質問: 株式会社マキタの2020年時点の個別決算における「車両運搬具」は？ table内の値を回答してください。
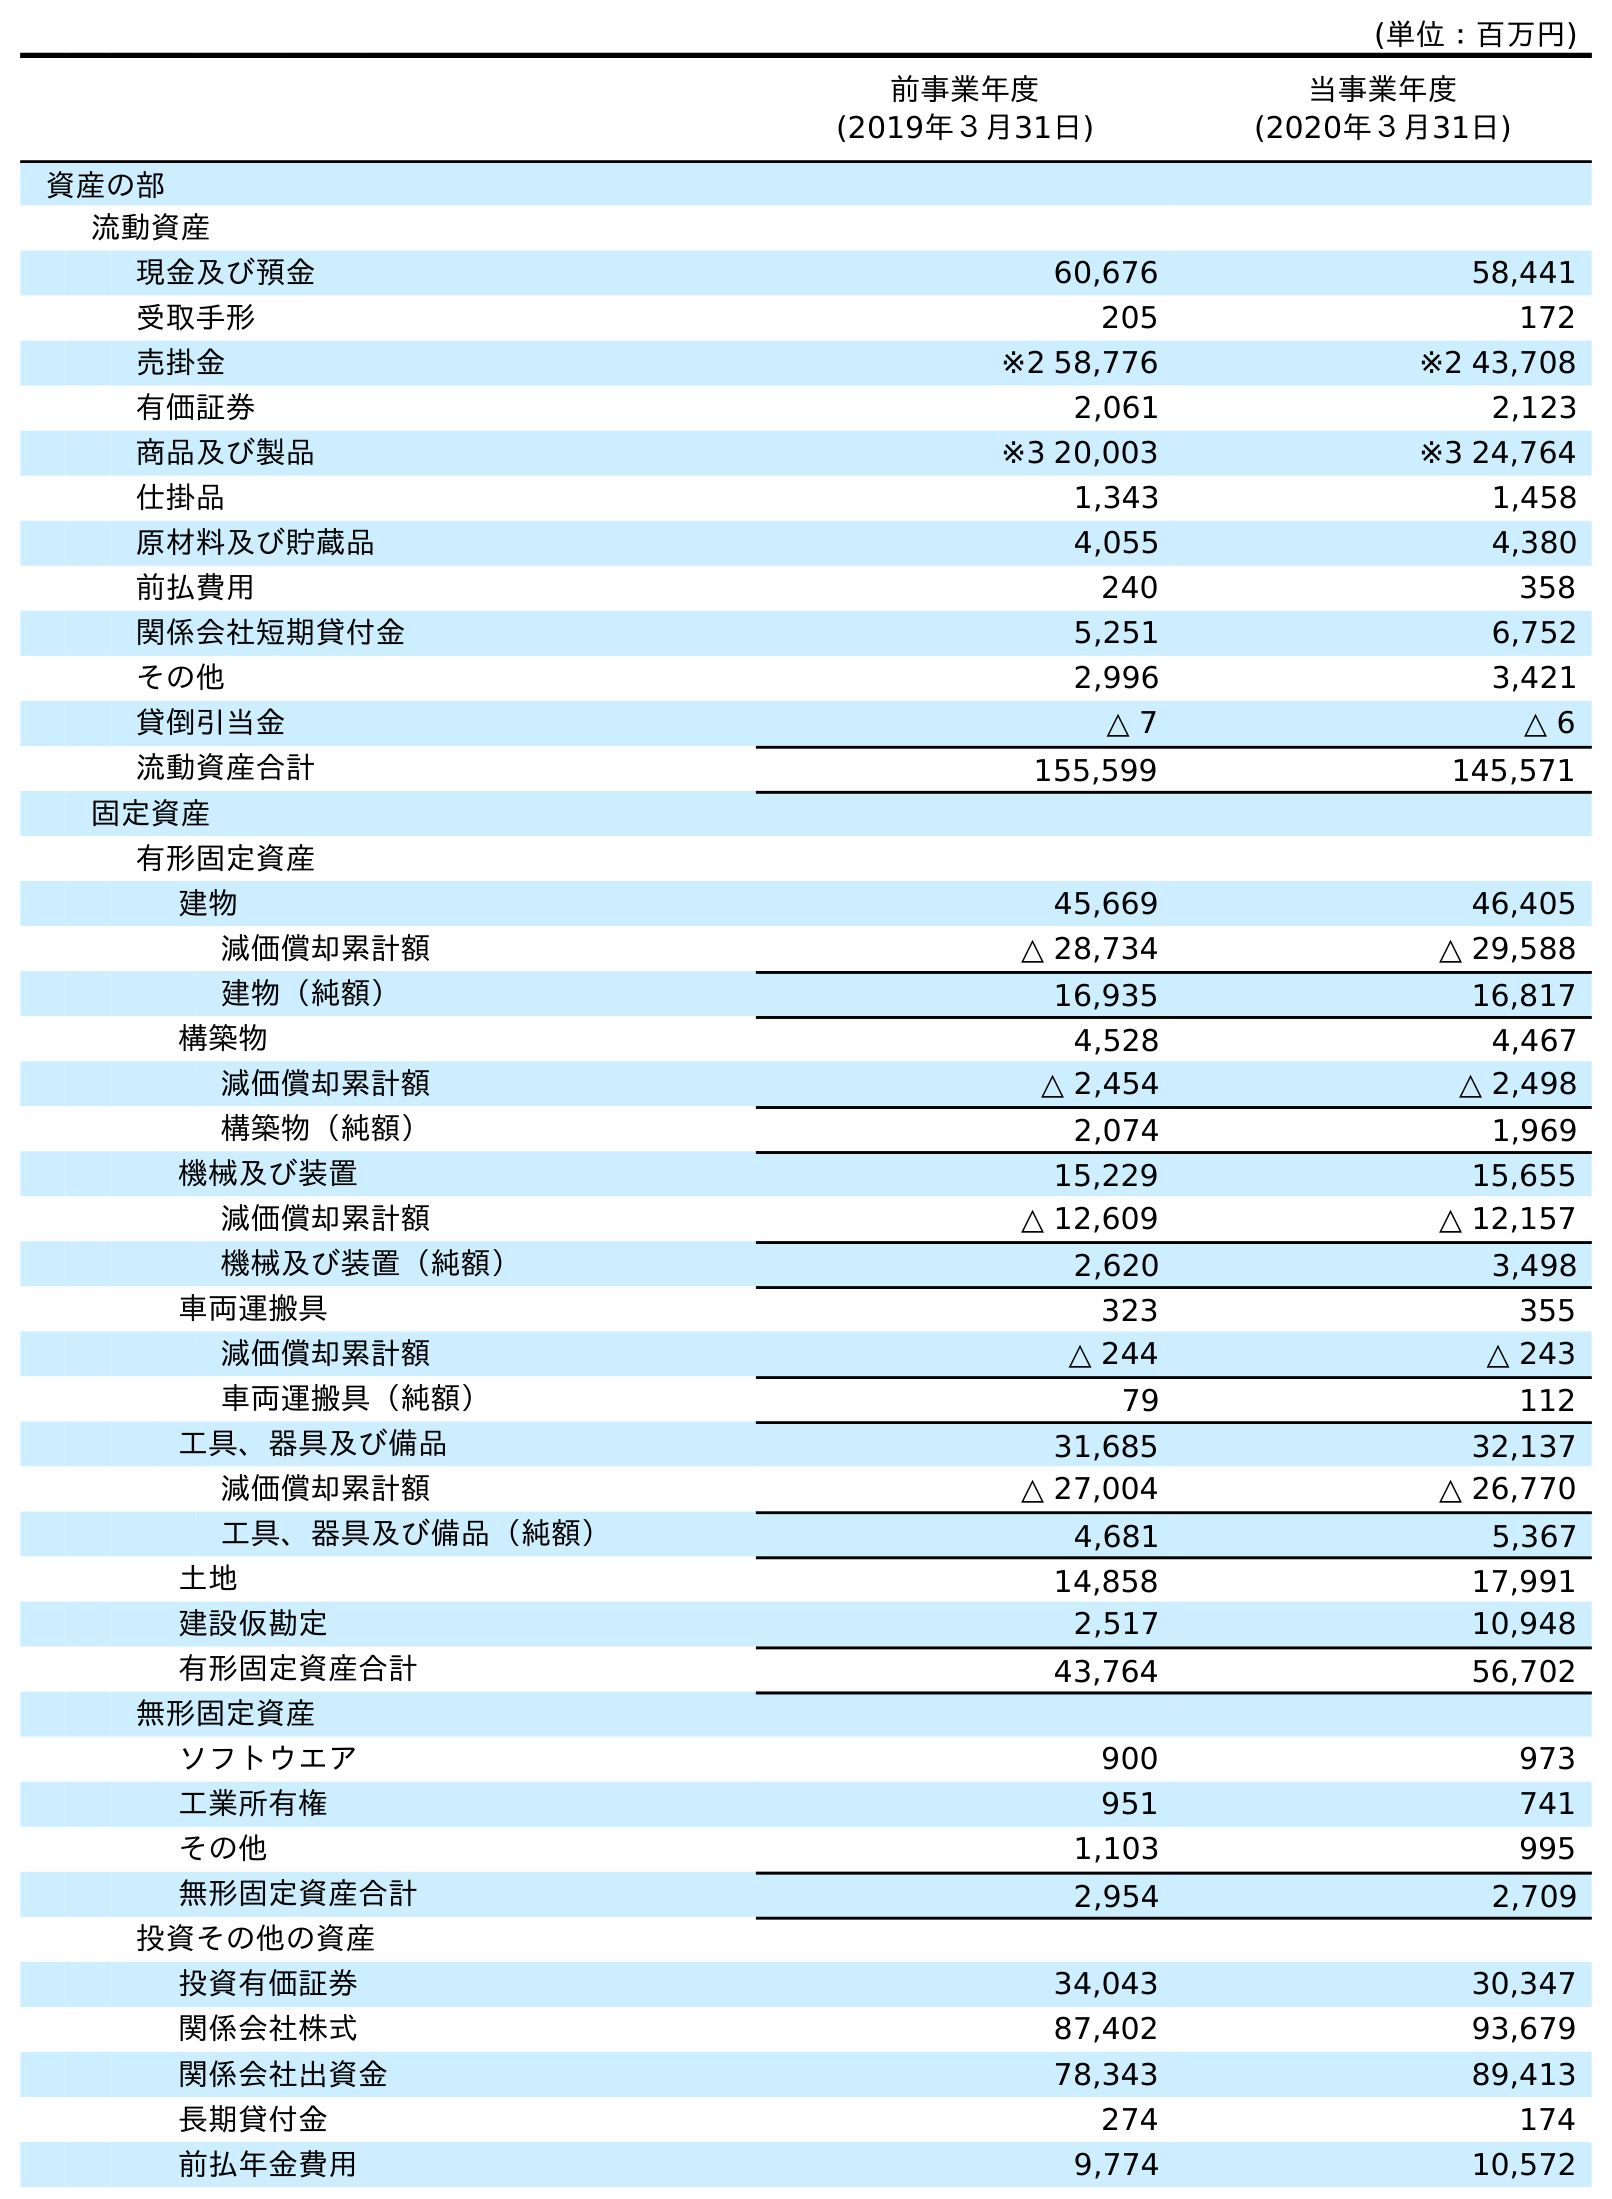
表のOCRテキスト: (単位：百万円) 前事業年度 (2019年３月31日) 当事業年度 (2020年３月31日) 資産の部 流動資産 現金及び預金 60,676 58,441 受取手形 205 172 売掛金 ※2 58,776 ※2 43,708 有価証券 2,061 2,123 商品及び製品 ※3 20,003 ※3 24,764 仕掛品 1,343 1,458 原材料及び貯蔵品 4,055 4,380 前払費用 240 358 関係会社短期貸付金 5,251 6,752 その他 2,996 3,421 貸倒引当金 △ 7 △ 6 流動資産合計 155,599 145,571 固定資産 有形固定資産 建物 45,669 46,405 減価償却累計額 △ 28,734 △ 29,588 建物（純額） 16,935 16,817 構築物 4,528 4,467 減価償却累計額 △ 2,454 △ 2,498 構築物（純額） 2,074 1,969 機械及び装置 15,229 15,655 減価償却累計額 △ 12,609 △ 12,157 機械及び装置（純額） 2,620 3,498 車両運搬具 323 355 減価償却累計額 △ 244 △ 243 車両運搬具（純額） 79 112 工具、器具及び備品 31,685 32,137 減価償却累計額 △ 27,004 △ 26,770 工具、器具及び備品（純額） 4,681 5,367 土地 14,858 17,991 建設仮勘定 2,517 10,948 有形固定資産合計 43,764 56,702 無形固定資産 ソフトウエア 900 973 工業所有権 951 741 その他 1,103 995 無形固定資産合計 2,954 2,709 投資その他の資産 投資有価証券 34,043 30,347 関係会社株式 87,402 93,679 関係会社出資金 78,343 89,413 長期貸付金 274 174 前払年金費用 9,774 10,572
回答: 355